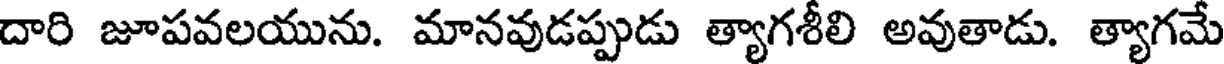
దారి జూపవలయును. మానవుడప్పుడు త్యాగశీలి అవుతాడు. త్యాగమే